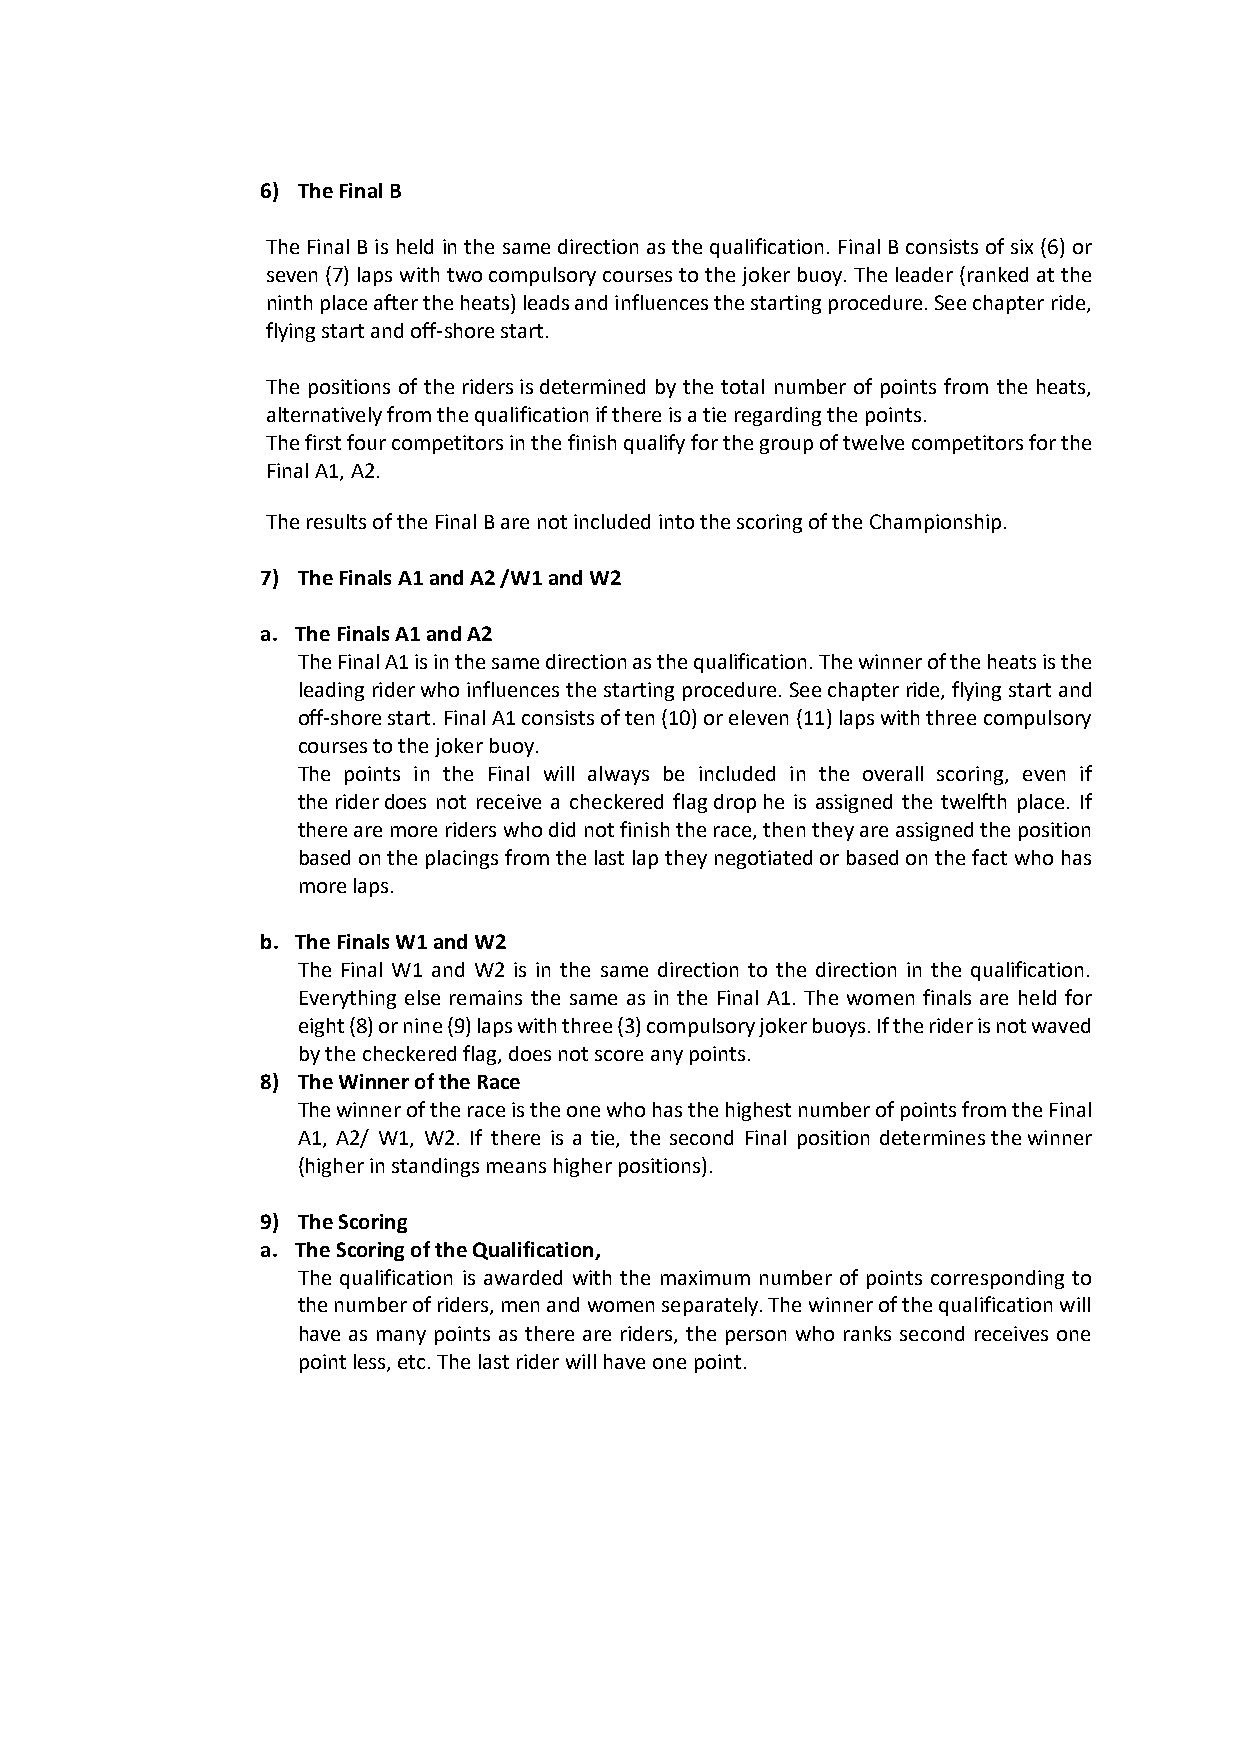
6) The Final B
 The Final B is held in the same direction as the qualification. Final B consists of six (6) or
 seven (7) laps with two compulsory courses to the joker buoy. The leader (ranked at the
 ninth place after the heats) leads and influences the starting procedure. See chapter ride,
 flying start and off-shore start.
 The positions of the riders is determined by the total number of points from the heats,
 alternatively from the qualification if there is a tie regarding the points.
 The first four competitors in the finish qualify for the group of twelve competitors for the
 Final A1, A2.
 The results of the Final B are not included into the scoring of the Championship.
 7) The Finals A1 and A2 /W1 and W2
 a. The Finals A1 and A2
 The Final A1 is in the same direction as the qualification. The winner of the heats is the
 leading rider who influences the starting procedure. See chapter ride, flying start and
 off-shore start. Final A1 consists of ten (10) or eleven (11) laps with three compulsory
 courses to the joker buoy.
 The points in the Final will always be included in the overall scoring, even if
 the rider does not receive a checkered flag drop he is assigned the twelfth place. If
 there are more riders who did not finish the race, then they are assigned the position
 based on the placings from the last lap they negotiated or based on the fact who has
 more laps.
 b. The Finals W1 and W2
 The Final W1 and W2 is in the same direction to the direction in the qualification.
 Everything else remains the same as in the Final A1. The women finals are held for
 eight (8) or nine (9) laps with three (3) compulsory joker buoys. If the rider is not waved
 by the checkered flag, does not score any points.
 8) The Winner of the Race
 The winner of the race is the one who has the highest number of points from the Final
 A1, A2/ W1, W2. If there is a tie, the second Final position determines the winner
 (higher in standings means higher positions).
 9) The Scoring
 a. The Scoring of the Qualification,
 The qualification is awarded with the maximum number of points corresponding to
 the number of riders, men and women separately. The winner of the qualification will
 have as many points as there are riders, the person who ranks second receives one
 point less, etc. The last rider will have one point.